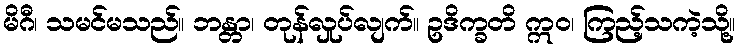
မိဂီ၊ သမင်မသည်။ ဘန္တာ၊ တုန်လှုပ်လျက်။ ဥဒိက္ခတိ ဣဝ၊ ကြည့်သကဲ့သို့။